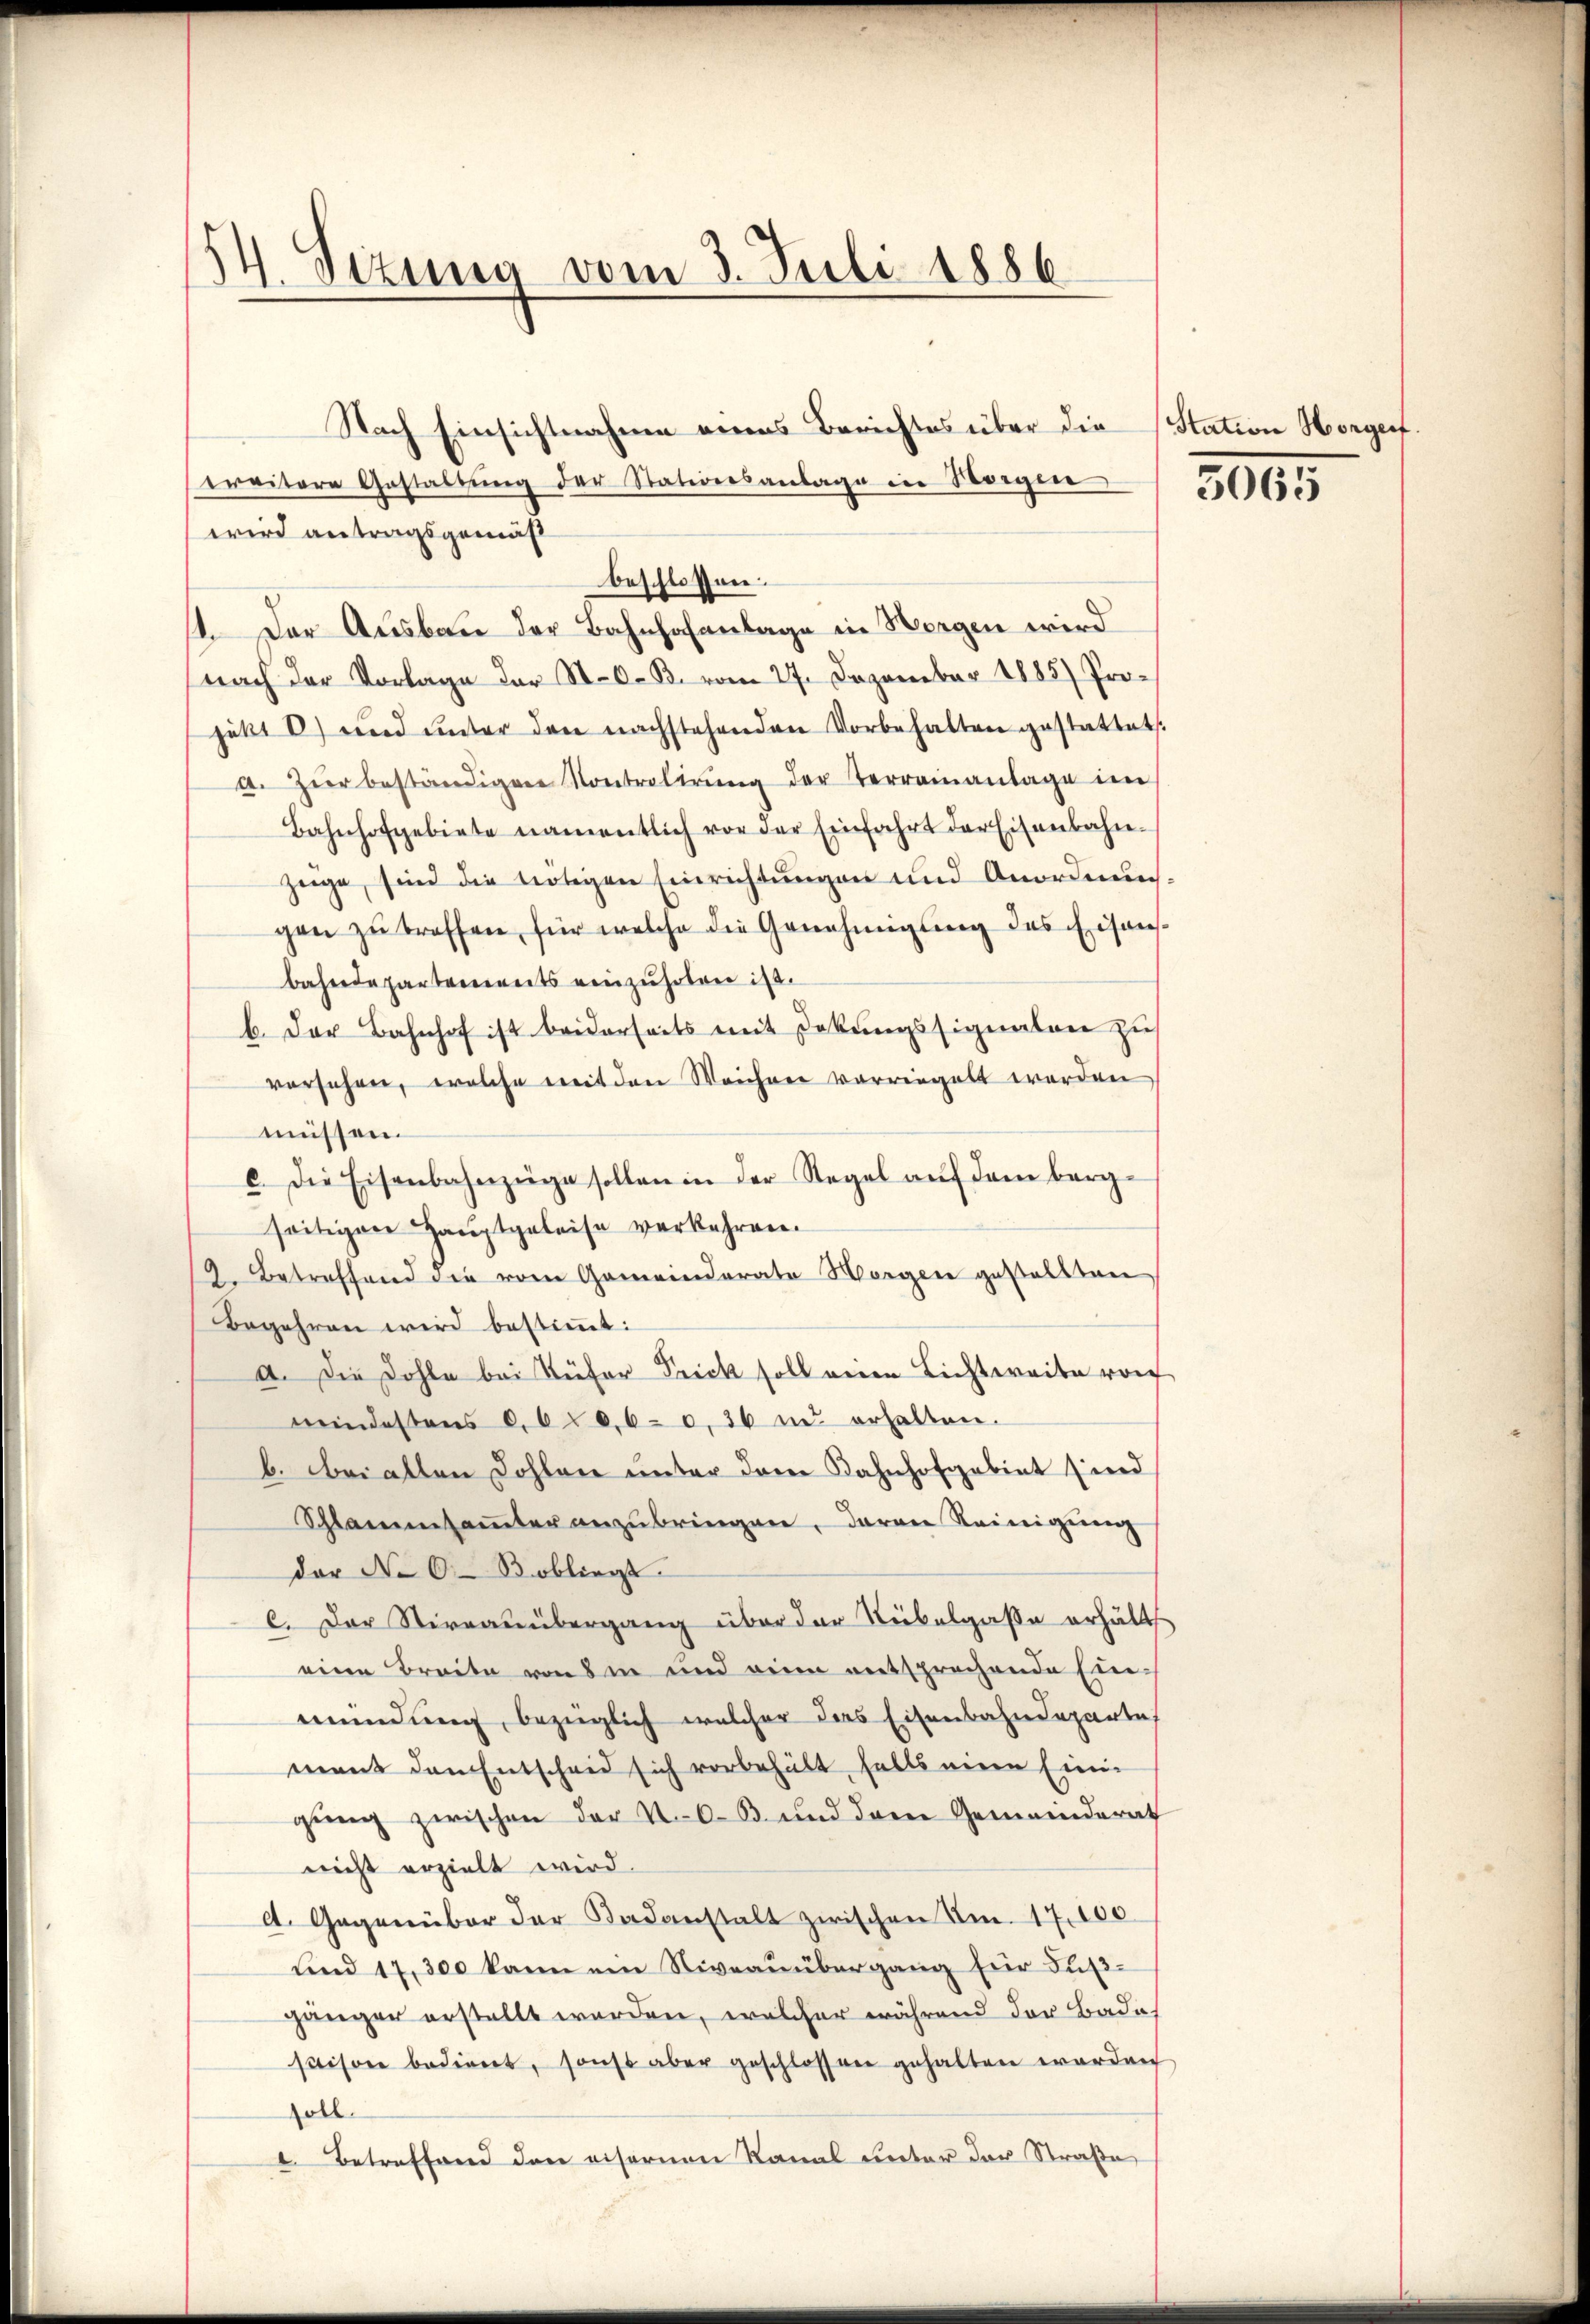
54. Sizung vom 3. Juli 1886

Nach Einsichtnahme eines Berichtes über die
treitere Gestaltung der Stationsanlage in Sorgen
wird antragsgemäß
beschlossen:
1. Der Ausbau der Bahnhofanlage in Wergen wird
nach der Vorlage der St. O. B. vom 27. Dezember 1885) Projekt 6) und unter den nachstehenden Vorbehalten gestattet.
a. Zŭr beständigen Kontrolirŭng der Terrainanlage im
Bahnhofgebiete namentlich vor der Einfahrt der Eisenbahn-
züge, sind die nötigen Einrichtungen und Anordnunggen zŭ treffen, für welche die Genehmigung des Eisanbahndepartereits einzuholen ist.
b. Der Bahnhof ist beiderseits mit Dekŭngssignaten zu
vorsehen, welche mit den Weichnee vorriegelt werden
müssen.
e. Die Eisenbahnzüge sollen in der Regel aŭf dem berg-
seitigen Hauptgeleise verkehren.
9. Betreffend die vom Gemeinderate Morgen gestellten,
Begehren wird bestimmt:
a. Die Dohle bei Küfer Frick soll ein Lichtweise ro
mindestens 0,60,6-c,36 und erhalten.
b. bei alten Sohlen unter dem Bahnhofgebiet sind
Schlammsammter anzubringen, daran Reinigung
der No 0.-Bobliegt.
C. Der Stirnauübergang über der Nebelgasse erhält
eine Breite von den und eine entsprechende Einmündung, bezüglich welcher das Eisenbahndepartet
mant den Entscheid sich vorbehält falls eine Einigung zwischen der K. A. B. und dem Gemeinderath
nicht erzielt wird.
l. Gegenüber der Badanstalt zwischen Am. 17,000
und 17,300 kann ein Niveaŭübergang für Fußgänger erstellt werden, welcher während der Bade
saisone bedient, sonst aber geschlossen gehalten worden
soll.
1. Betreffend den eisernen Kanal unter der Straße

Station Horgert

3065